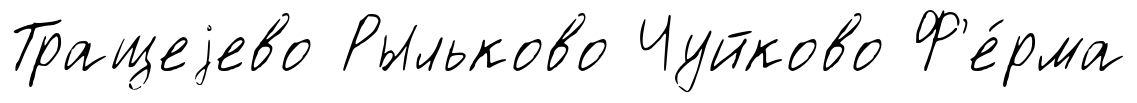
Тращеjево Рыльково Чуйково Ф'е́рма